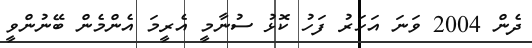
ދެން 2004 ވަނަ އަހަރު ފަހު ކޮޅު ސުނާމީ އެރީމަ އެންމެން ބޭނުންވީ